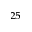
^ { 2 5 }